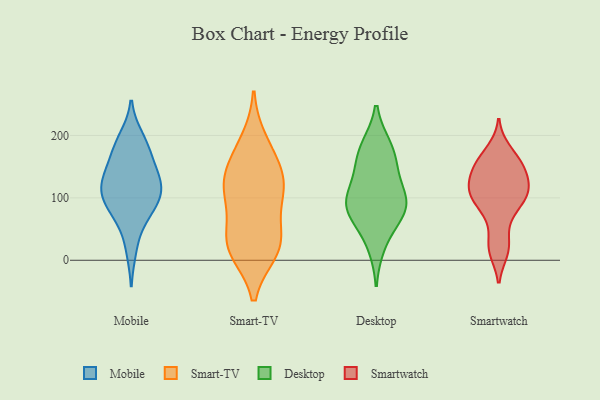
{"axis": {"x": "LTV (USD)", "y": "Value"}, "legend": ["Desktop", "Mobile", "Smart-TV", "Smartwatch"], "data": [{"x": "", "y": 18, "type": "Mobile"}, {"x": "", "y": 83, "type": "Mobile"}, {"x": "", "y": 196, "type": "Mobile"}, {"x": "", "y": 98, "type": "Mobile"}, {"x": "", "y": 182, "type": "Mobile"}, {"x": "", "y": 109, "type": "Mobile"}, {"x": "", "y": 125, "type": "Mobile"}, {"x": "", "y": 64, "type": "Mobile"}, {"x": "", "y": 139, "type": "Mobile"}, {"x": "", "y": 184, "type": "Mobile"}, {"x": "", "y": 139, "type": "Mobile"}, {"x": "", "y": 114, "type": "Mobile"}, {"x": "", "y": 83, "type": "Mobile"}, {"x": "", "y": 158, "type": "Mobile"}, {"x": "", "y": 114, "type": "Mobile"}, {"x": "", "y": 109, "type": "Smart-TV"}, {"x": "", "y": 48, "type": "Smart-TV"}, {"x": "", "y": 23, "type": "Smart-TV"}, {"x": "", "y": 33, "type": "Smart-TV"}, {"x": "", "y": 16, "type": "Smart-TV"}, {"x": "", "y": 106, "type": "Smart-TV"}, {"x": "", "y": 15, "type": "Smart-TV"}, {"x": "", "y": 118, "type": "Smart-TV"}, {"x": "", "y": 117, "type": "Smart-TV"}, {"x": "", "y": 151, "type": "Smart-TV"}, {"x": "", "y": 191, "type": "Smart-TV"}, {"x": "", "y": 161, "type": "Smart-TV"}, {"x": "", "y": 182, "type": "Desktop"}, {"x": "", "y": 95, "type": "Desktop"}, {"x": "", "y": 152, "type": "Desktop"}, {"x": "", "y": 143, "type": "Desktop"}, {"x": "", "y": 106, "type": "Desktop"}, {"x": "", "y": 90, "type": "Desktop"}, {"x": "", "y": 77, "type": "Desktop"}, {"x": "", "y": 65, "type": "Desktop"}, {"x": "", "y": 90, "type": "Desktop"}, {"x": "", "y": 24, "type": "Desktop"}, {"x": "", "y": 181, "type": "Desktop"}, {"x": "", "y": 143, "type": "Smartwatch"}, {"x": "", "y": 106, "type": "Smartwatch"}, {"x": "", "y": 158, "type": "Smartwatch"}, {"x": "", "y": 65, "type": "Smartwatch"}, {"x": "", "y": 17, "type": "Smartwatch"}, {"x": "", "y": 98, "type": "Smartwatch"}, {"x": "", "y": 150, "type": "Smartwatch"}, {"x": "", "y": 116, "type": "Smartwatch"}, {"x": "", "y": 112, "type": "Smartwatch"}, {"x": "", "y": 26, "type": "Smartwatch"}, {"x": "", "y": 167, "type": "Smartwatch"}, {"x": "", "y": 138, "type": "Smartwatch"}, {"x": "", "y": 176, "type": "Smartwatch"}, {"x": "", "y": 82, "type": "Smartwatch"}, {"x": "", "y": 112, "type": "Smartwatch"}, {"x": "", "y": 94, "type": "Smartwatch"}, {"x": "", "y": 143, "type": "Smartwatch"}, {"x": "", "y": 113, "type": "Smartwatch"}, {"x": "", "y": 15, "type": "Smartwatch"}]}